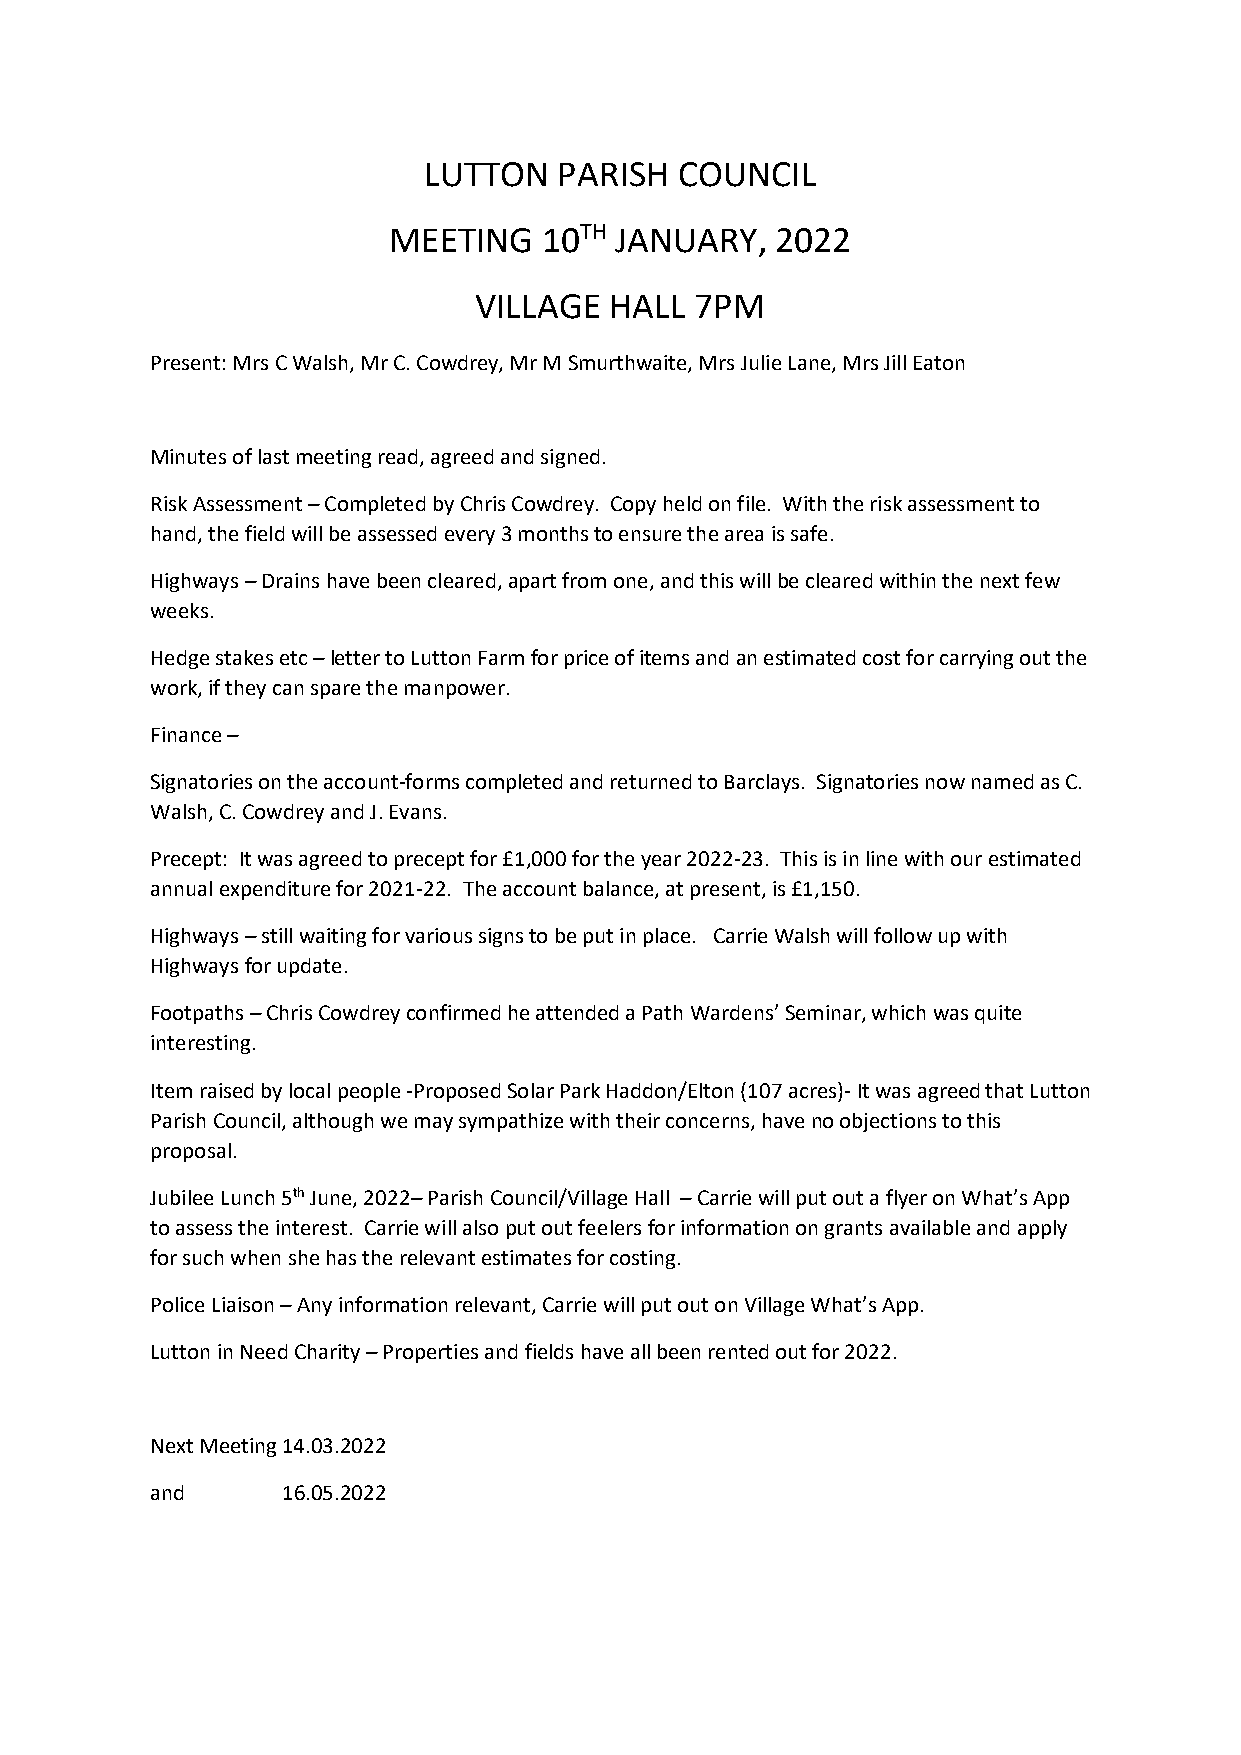
LUTTON   PARISH  COUNCIL
 MEETING   10TH JANUARY,  2022
 VILLAGE  HALL  7PM
 Present: Mrs C Walsh, Mr C. Cowdrey, Mr M Smurthwaite, Mrs Julie Lane, Mrs Jill Eaton
 Minutes of last meeting read, agreed and signed.
 Risk Assessment – Completed by Chris Cowdrey. Copy held on file. With the risk assessment to
 hand, the field will be assessed every 3 months to ensure the area is safe.
 Highways – Drains have been cleared, apart from one, and this will be cleared within the next few
 weeks.
 Hedge stakes etc – letter to Lutton Farm for price of items and an estimated cost for carrying out the
 work, if they can spare the manpower.
 Finance –
 Signatories on the account-forms completed and returned to Barclays. Signatories now named as C.
 Walsh, C. Cowdrey and J. Evans.
 Precept: It was agreed to precept for £1,000 for the year 2022-23. This is in line with our estimated
 annual expenditure for 2021-22. The account balance, at present, is £1,150.
 Highways – still waiting for various signs to be put in place. Carrie Walsh will follow up with
 Highways for update.
 Footpaths – Chris Cowdrey confirmed he attended a Path Wardens’ Seminar, which was quite
 interesting.
 Item raised by local people -Proposed Solar Park Haddon/Elton (107 acres)- It was agreed that Lutton
 Parish Council, although we may sympathize with their concerns, have no objections to this
 proposal.
 Jubilee Lunch 5th June, 2022– Parish Council/Village Hall – Carrie will put out a flyer on What’s App
 to assess the interest. Carrie will also put out feelers for information on grants available and apply
 for such when she has the relevant estimates for costing.
 Police Liaison – Any information relevant, Carrie will put out on Village What’s App.
 Lutton in Need Charity – Properties and fields have all been rented out for 2022.
 Next Meeting 14.03.2022
 and      16.05.2022